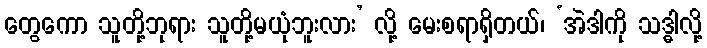
တွေကော သူတို့ဘုရား သူတို့မယုံဘူးလား’ လို့ မေးစရာရှိတယ်၊ ‘အဲဒါကို သဒ္ဓါလို့